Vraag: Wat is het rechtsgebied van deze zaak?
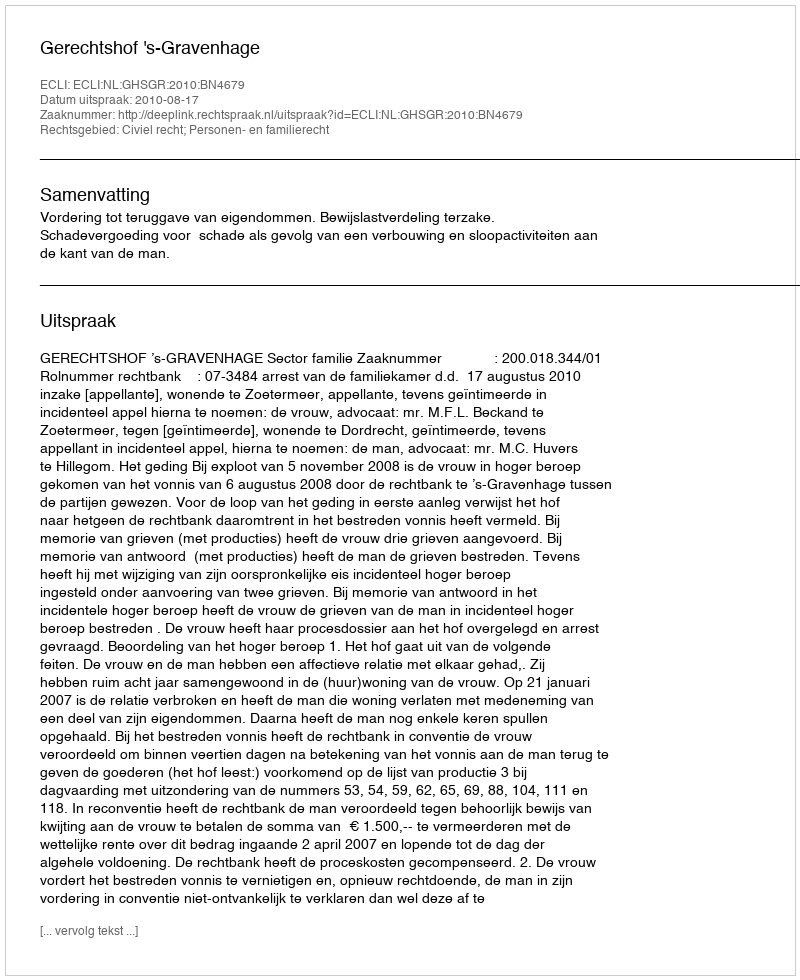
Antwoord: Civiel recht; Personen- en familierecht